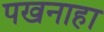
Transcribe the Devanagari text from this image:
पखनाहा